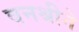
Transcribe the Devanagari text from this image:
वनश्रीने